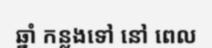
ឆ្នាំ កន្លងទៅ នៅ ពេល